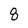
Character: 8